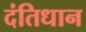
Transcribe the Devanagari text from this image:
दंतिधान